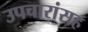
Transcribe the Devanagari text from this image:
उपचारांसह